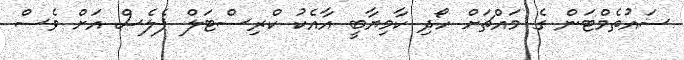
ސައުތެމްޓަން ގެ މައްޗަށް ހޯދި ކާމިޔާބީ އާއެކު ކްރިސްޓަލް ޕެލެސް އަށް ވެސް